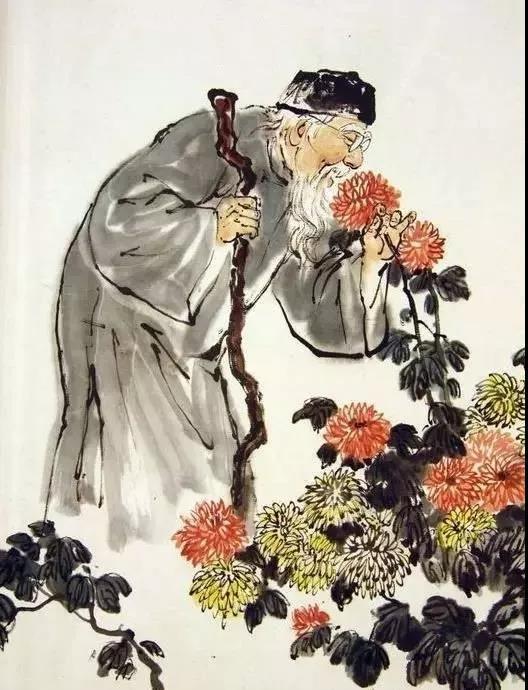
毋意，毋必，毋固，毋我。